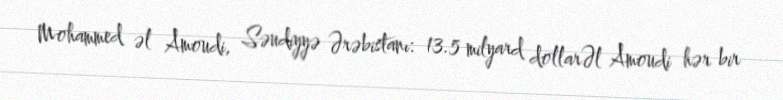
Mohammed əl Amoudi, Səudiyyə Ərəbistanı: 13.5 milyard dollarƏl Amoudi hər bir